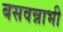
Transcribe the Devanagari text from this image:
बसवन्नाभी